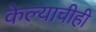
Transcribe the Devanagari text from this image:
केल्याचीही